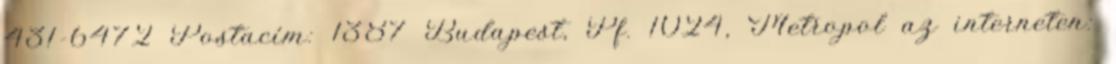
431-6472 Postacím: 1387 Budapest, Pf. 1024, Metropol az interneten: